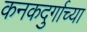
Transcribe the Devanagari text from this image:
कनकदुर्गाच्या